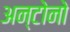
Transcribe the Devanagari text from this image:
अन्टोनो